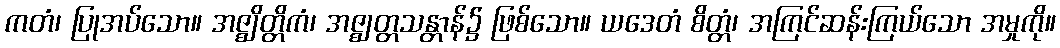
ကတံ၊ ပြုအပ်သော။ အဇ္ဈိတ္တိကံ၊ အဇ္ဈတ္တသန္တာန်၌ ဖြစ်သော။ ယဒေတံ စိတ္တံ၊ အကြင်ဆန်းကြယ်သော အမှုကို။